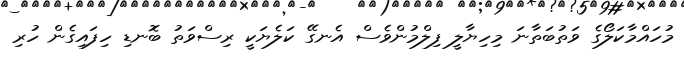
މުހައްމާކަލޯގެ ވަތުބަތާނަ މިހިޔާލީ ފިލްމުންވެސް އެނގޭ ކަލެޔަކީ ރިސްވަތު ބޮނޑި ހިފައިގެން ހުރި